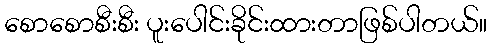
စောစောစီးစီး ပူးပေါင်းခိုင်းထားတာဖြစ်ပါတယ်။